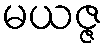
မယဇ္ဇ